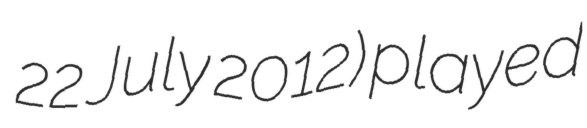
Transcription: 22 July 2012) played